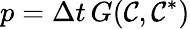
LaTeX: p=\Delta t\, G(\mathcal{C},\mathcal{C}^{*})